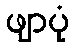
ဖျာပုံ